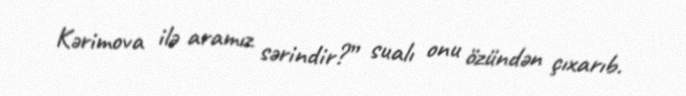
Kərimova ilə aramız sərindir?” sualı onu özündən çıxarıb.